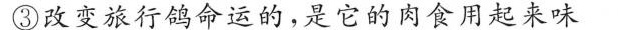
改变旅行鸽命运的，是它的肉食用起来味